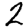
Digit: 2